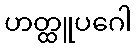
ဟတ္ထူပဂေါ